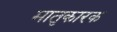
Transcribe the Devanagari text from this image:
मातृकारक